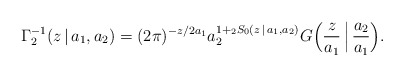
\begin{align*}\Gamma_2^{-1}(z\,|\,a_1,a_2) = (2\pi)^{-z/2a_1}a_2^{1+{}_2 S_0 (z\,|\,a_1, a_2)}G\Bigl(\frac{z}{a_1}\,\Big|\,\frac{a_2}{a_1}\Bigr).\end{align*}